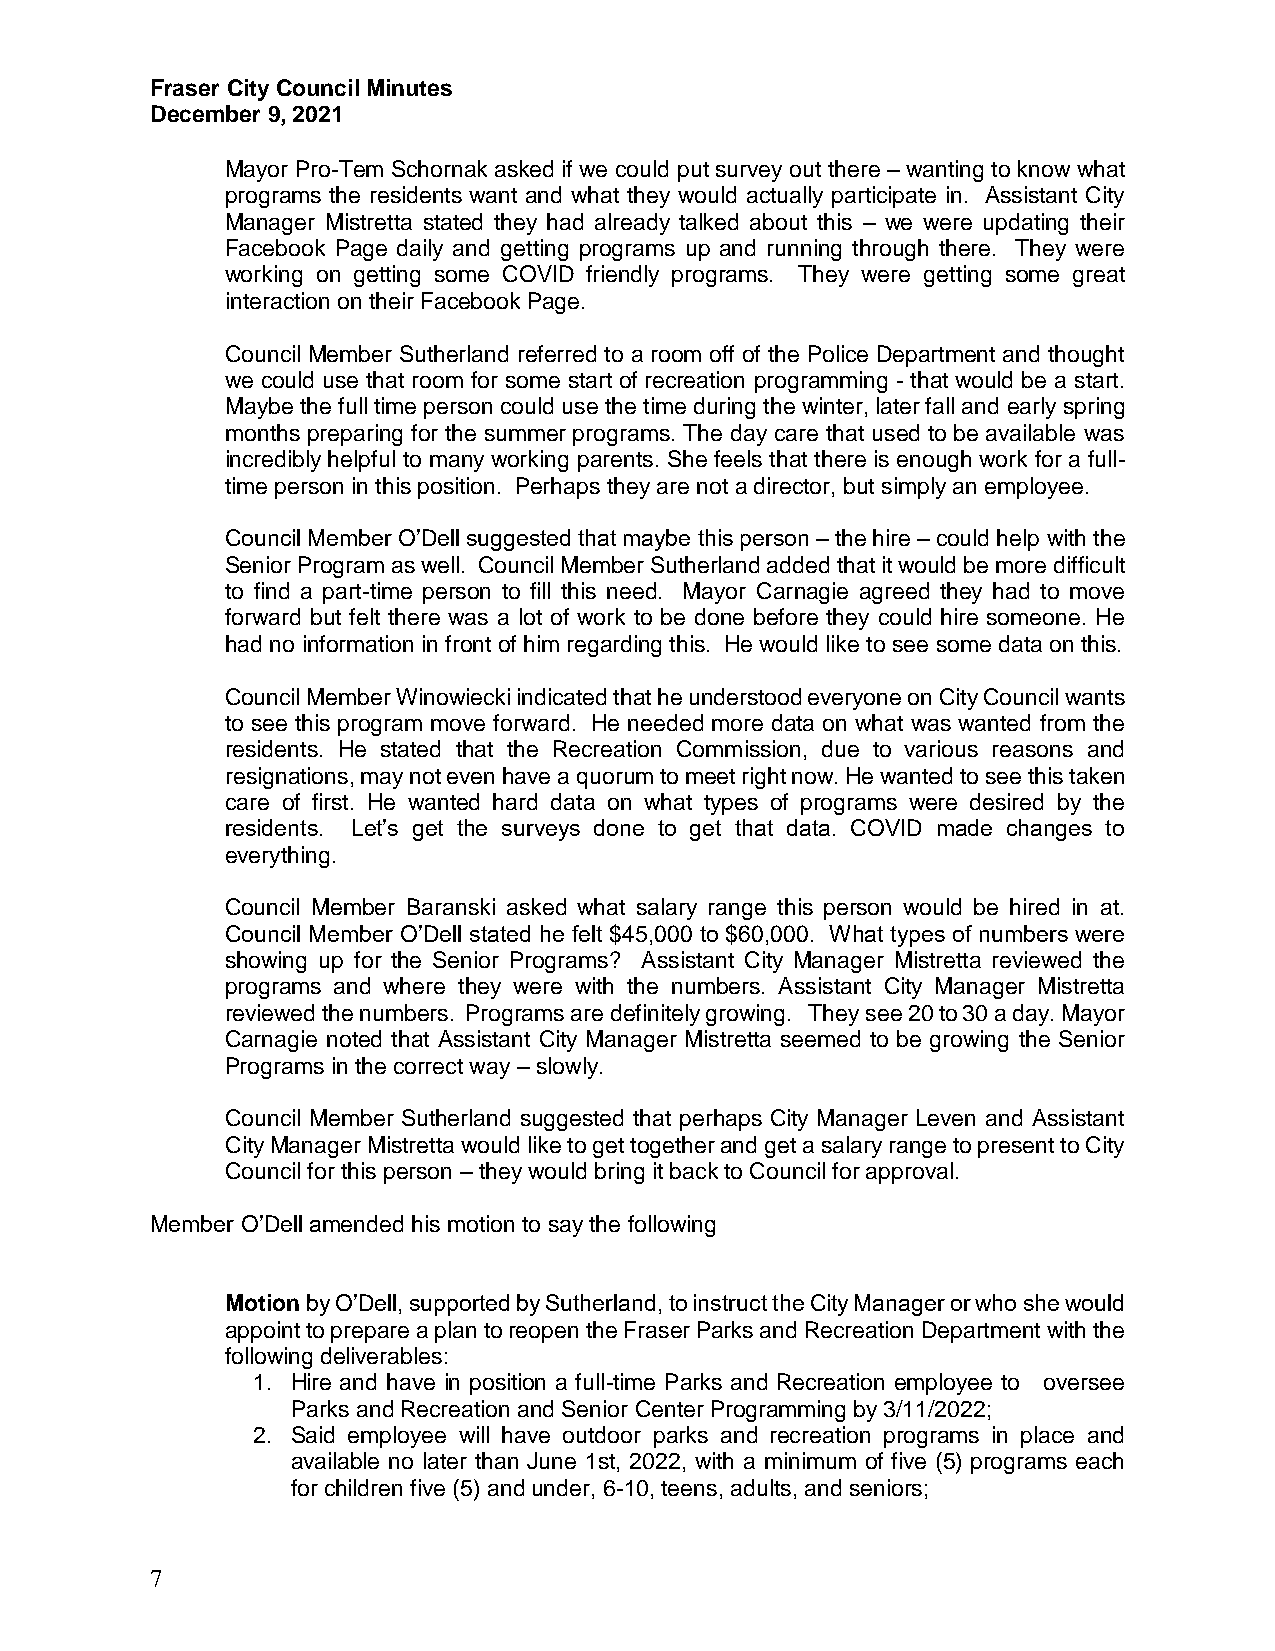
Fraser City Council Minutes
 December 9, 2021
 Mayor Pro-Tem Schornak asked if we could put survey out there – wanting to know what
 programs the residents want and what they would actually participate in. Assistant City
 Manager Mistretta stated they had already talked about this – we were updating their
 Facebook Page daily and getting programs up and running through there. They were
 working on getting some COVID friendly programs. They were getting some great
 interaction on their Facebook Page.
 Council Member Sutherland referred to a room off of the Police Department and thought
 we could use that room for some start of recreation programming - that would be a start.
 Maybe the full time person could use the time during the winter, later fall and early spring
 months preparing for the summer programs. The day care that used to be available was
 incredibly helpful to many working parents. She feels that there is enough work for a full-
 time person in this position. Perhaps they are not a director, but simply an employee.
 Council Member O’Dell suggested that maybe this person – the hire – could help with the
 Senior Program as well. Council Member Sutherland added that it would be more difficult
 to find a part-time person to fill this need. Mayor Carnagie agreed they had to move
 forward but felt there was a lot of work to be done before they could hire someone. He
 had no information in front of him regarding this. He would like to see some data on this.
 Council Member Winowiecki indicated that he understood everyone on City Council wants
 to see this program move forward. He needed more data on what was wanted from the
 residents. He stated that the Recreation Commission, due to various reasons and
 resignations, may not even have a quorum to meet right now. He wanted to see this taken
 care of first. He wanted hard data on what types of programs were desired by the
 residents. Let’s get the surveys done to get that data. COVID made changes to
 everything.
 Council Member Baranski asked what salary range this person would be hired in at.
 Council Member O’Dell stated he felt $45,000 to $60,000. What types of numbers were
 showing up for the Senior Programs? Assistant City Manager Mistretta reviewed the
 programs and where they were with the numbers. Assistant City Manager Mistretta
 reviewed the numbers. Programs are definitely growing. They see 20 to 30 a day. Mayor
 Carnagie noted that Assistant City Manager Mistretta seemed to be growing the Senior
 Programs in the correct way – slowly.
 Council Member Sutherland suggested that perhaps City Manager Leven and Assistant
 City Manager Mistretta would like to get together and get a salary range to present to City
 Council for this person – they would bring it back to Council for approval.
 Member O’Dell amended his motion to say the following
 Motion by O’Dell, supported by Sutherland, to instruct the City Manager or who she would
 appoint to prepare a plan to reopen the Fraser Parks and Recreation Department with the
 following deliverables:
 1. Hire and have in position a full-time Parks and Recreation employee to oversee
 Parks and Recreation and Senior Center Programming by 3/11/2022;
 2. Said employee will have outdoor parks and recreation programs in place and
 available no later than June 1st, 2022, with a minimum of five (5) programs each
 for children five (5) and under, 6-10, teens, adults, and seniors;
 7